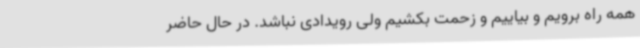
همه راه برویم و بیاییم و زحمت بکشیم ولی رویدادی نباشد. در حال حاضر